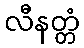
လီနတ္တံ